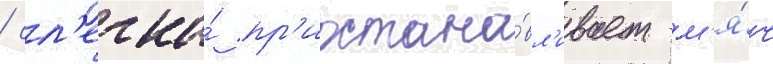
/ сл'егка́ пр'иостана́вл'ивает м'я́ч